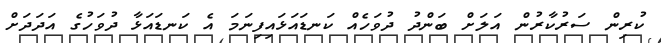
ކުރިން ސަރުކާރުން އަލަށް ބަންދު ދުވަހެއް ކަނޑައަޅައިފިނަމަ އެ ކަނޑައަޅާ ދުވަހުގެ އަދަދަށް